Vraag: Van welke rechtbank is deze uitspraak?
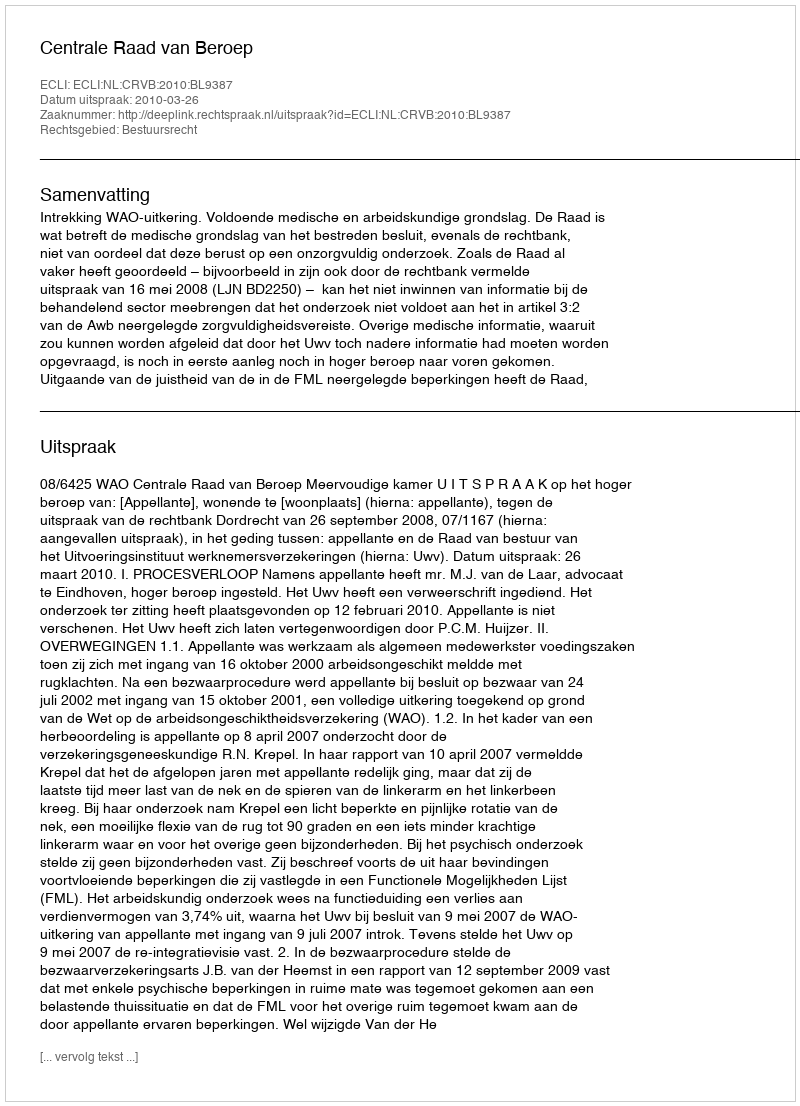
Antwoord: Centrale Raad van Beroep